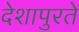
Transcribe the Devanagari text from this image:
देशापुरते